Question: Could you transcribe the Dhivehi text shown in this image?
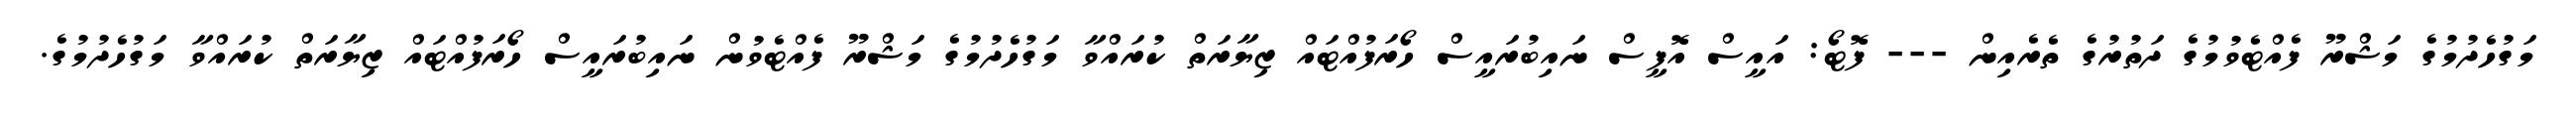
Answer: މަގުހެދުމުގެ މަޝްރޫ ފެއްޓެވުމުގެ ދަތުރުގެ ތެރެއިން --- ފޮޓޯ: އައީސް އޮފީސް ނައިބުރައީސް ހޯރަފުއްޓައް ޒިޔާރަތް ކުރައްވާ މަގުހެދުމުގެ މަޝްރޫ ފެއްޓެވުން ނައިބުރައީސް ހޯރަފުއްޓައް ޒިޔާރަތް ކުރައްވާ މަގުހެދުމުގެ.